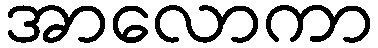
အာလောကာ